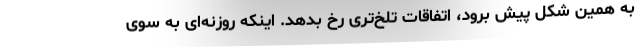
به همین شکل پیش برود، اتفاقات تلخ‌تری رخ بدهد. اینکه روزنه‌ای به سوی